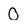
Character: 0